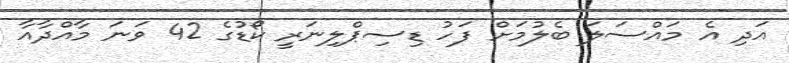
އަދި އެ މައްސަލަ ބެލުމަށް ފަހު ޑިސިޕްލިނަރީ ކޯޑުގެ 42 ވަނަ މާއްދާއާ